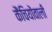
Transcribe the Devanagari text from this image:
कैंचियोंवाली